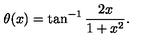
\theta ( x ) = \tan ^ { - 1 } \frac { 2 x } { 1 + x ^ { 2 } } .